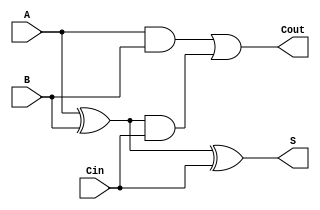
`timescale 1ns / 1ps
//////////////////////////////////////////////////////////////////////////////////
// Company: 
// Engineer: 
// 
// Design Name: 
// Module Name:    FullAdder 
// Project Name: 
// Target Devices: 
// Tool versions: 
// Description: 
//
// Dependencies: 
//
// Revision: 
// Revision 0.01 - File Created
// Additional Comments: 
//
//////////////////////////////////////////////////////////////////////////////////
module FullAdder(
    input A,
    input B,
    input Cin,
    output S,
    output Cout
    );
	 
wire w1,w2,w3;
xor(w1,A,B);
xor(S,w1,Cin);
and(w2,w1,Cin);
and(w3,A,B);
or(Cout,w3,w2);

endmodule